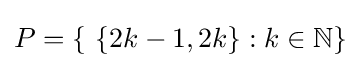
P={\left\{~\{2k-1,2k\}:k\in \mathbb {N} \right\}}